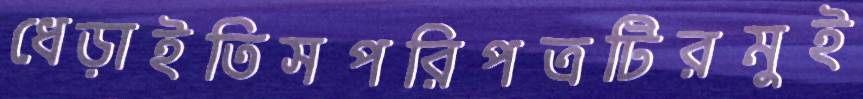
ধেড়াইতিসপরিপত্রটিরমুই